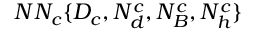
N N _ { c } \{ D _ { c } , N _ { d } ^ { c } , N _ { B } ^ { c } , N _ { h } ^ { c } \}